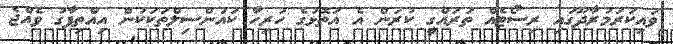
ވައިކަރަމުރާދޫގައި ރިސޯޓެއް ތަރައްގީ ކުރަން އެ އަތޮޅުގެ ހުރިހާ ކައުންސިލްތަކަކުން އިއްތިފާގު ވެއްޖެ